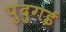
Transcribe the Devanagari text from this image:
पुदुगई